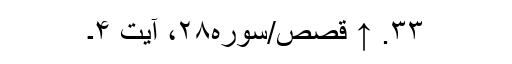
۳۳. ↑ قصص/سوره۲۸، آیت ۴۔